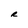
Character: R